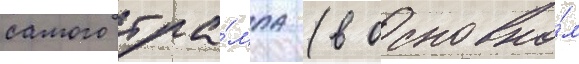
самого тра́мпа (в основно́м